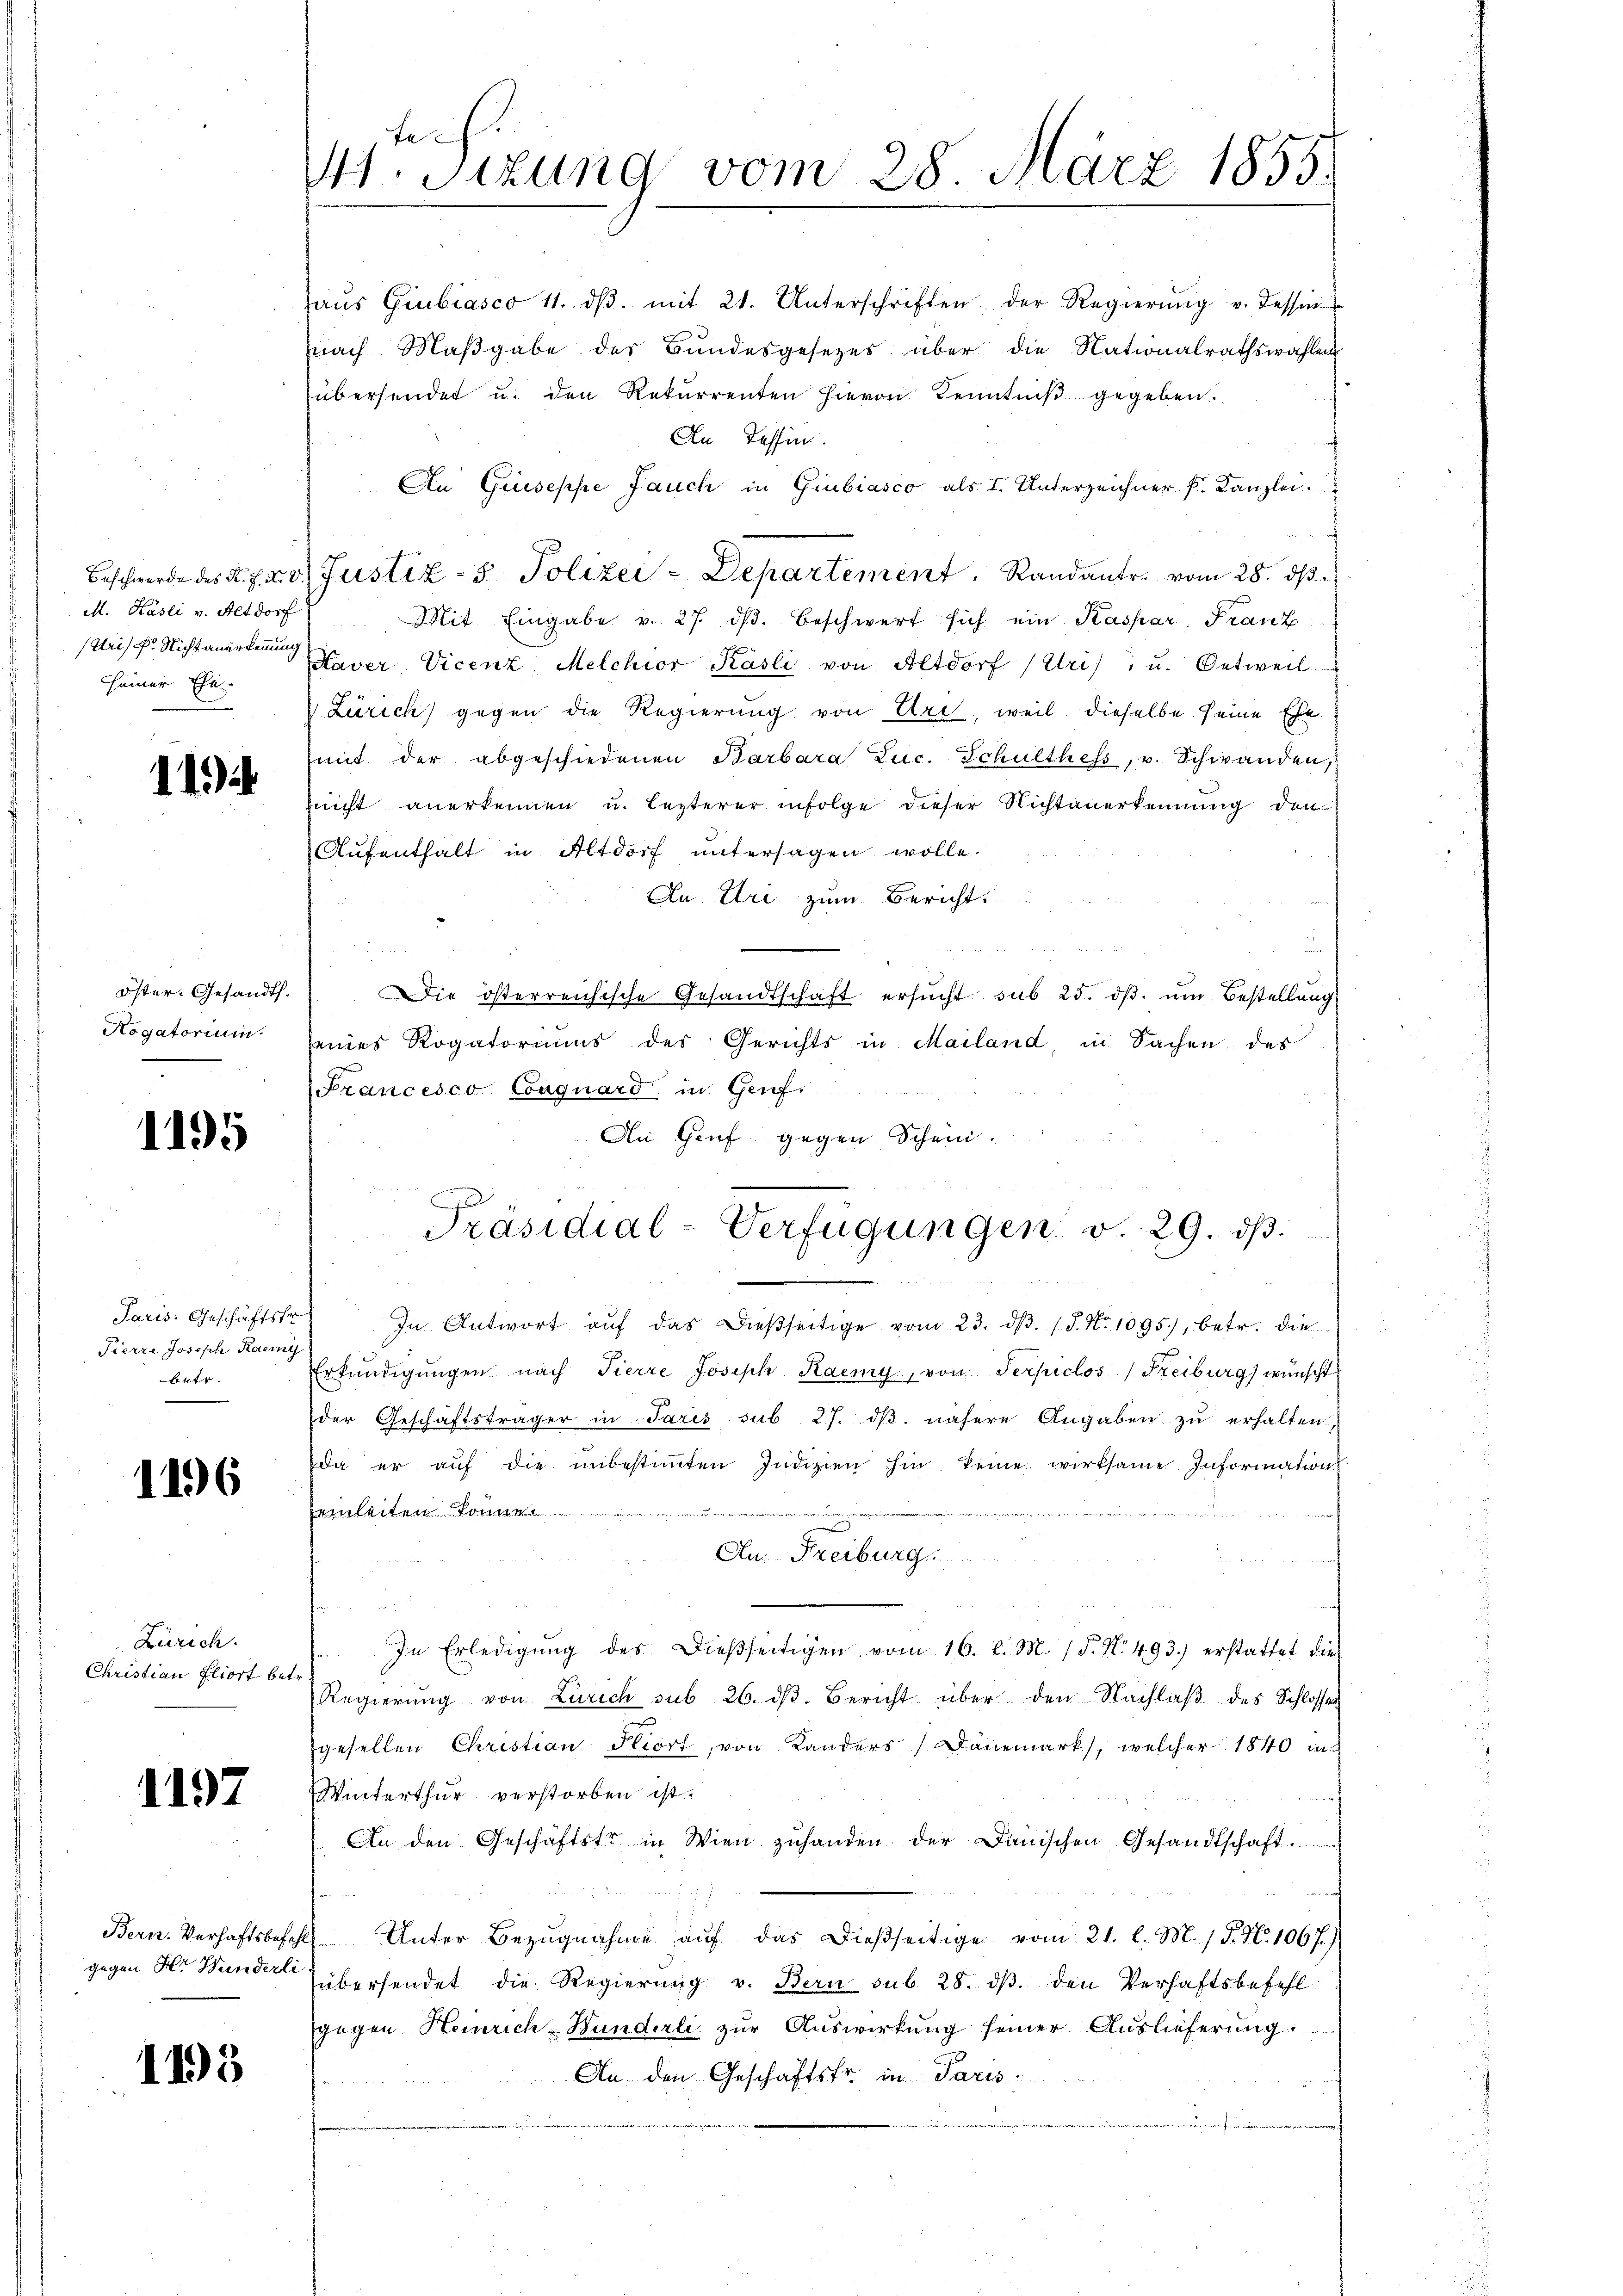
seiner Ehe

11

öster. Gesandt.
Rogatorium

1195

Paris. Geschäftsfr
Pierre Joseph Raemy
betr.

1196

Zürich.
Christian Fliort betr.

1197

1195

tehi
Mt. Sitzung vom 28. März 1855.

haŭs Giubiasco 11. dβ. mit 21. Unterschriften der Regierŭng v. Tessin
nach Maβgabe des Bŭndesgesetzes über die Nationalrathswahlen
übersendet u. den Rekurrenten hievon Kenntniß gegeben.
An Tessin.
An Guseppe Jauch in Giubiasco als I. Unterzeichner k. Kanzlei
M. Käsli v. Altdorf Mit Eingabe v. 27. dβ. Beschwert sich ein Kaspar, Franz
driss. Nichtanerten Xaver, Vicenz, Melchior Käsli von Altdorf (Uri), u. Oetweil
Zürich) gegen die Regierung von Uri, weil dieselbe seine Ehe-
mit der abgeschiedenen Barbara Luc. Schulthess, u. Schwanden,
nicht anerkennen u. lezterer infolge dieser Nichtanerkennung den
Aufenthalt in Altdorf untersagen wolle.
An Uri zum Bericht.
Die österreichische Gesandtschaft ersŭcht sub. 25. dβ. um Bestellung
seines Rogatoriums des Gerichts in Mailand, in Sachen des
Francesco Conguard in Genf.
An Genf gegen Schein.
Präsidial-Verfügungen v. 29. dβ.
In Antwort aŭf das dieβseitige vom 23. dβ. /J. No. 1095. betr. die
Erkŭndigŭngen nach Tierre Joseph Kaemy, von Serpiclos Freiburg) wünscht
der Geschäftsträger in Paris sub 27. dβ. nähere Angaben zu erhalten,
da er auf die unbestimmten Indizien hin keine wirksame Information
u
einleiten können
An Freiburg.
In Erledigŭng des Dießseitigen vom 16. d. M. /F. N. 493.) erstattet die
Regierŭng von Zürich sub 26. dβ. Bericht über den Nachlaβ des Schlossen
gesellen Christian Piort, von Landers Dänemark, welcher 1840 in
Winterthur verstorben ist.
An den Geschäftstr in Wien zŭhanden der Dänischen Gesandtschaft ......
Bern. Verhaftsbefehls Unter Bezŭgnahme aŭf das dießseitige vom 21. l. M. 1. P. Nr. 1067.)
gegen Hr. Bunder übersendet die Regierung v. Bern sub 28. dβ. den Verhaftsbefehl
gegen Heinrich-Wunderli zur Auswirkung seiner Auslieferung
An den Geschäftsfr. in Paris

Beschwerde des K. H. d. d. Justiz- & Polizei - Departement. Randantr. vom 28. dβ.